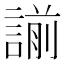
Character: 𧪈